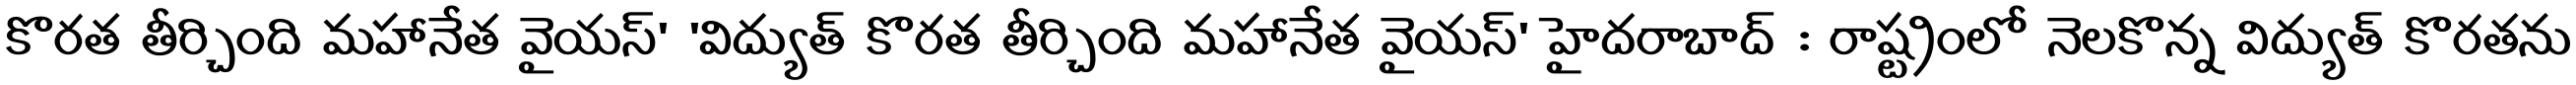
కొరత తీర్చింది మహానేత వైయస్' 'విద్యుత్ కొరత తీర్చింది మహానేత వైయస్' హైదరాబాద్ : రాష్ట్రంలో నెలకొన్న విద్యుత్ కొరతను